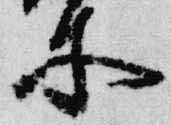
所